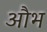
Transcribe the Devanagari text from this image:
औभ